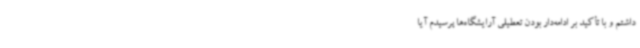
داشتم و با تأکید بر ادامه‌دار بودن تعطیلی آرایشگاه‌ها پرسیدم آیا